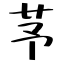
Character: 芧